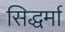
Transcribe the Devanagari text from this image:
सिद्धर्मा